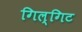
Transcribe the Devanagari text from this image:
गिल्गिट